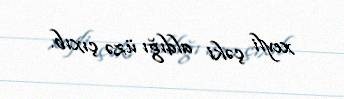
xeyli çəki aldığı üzə çıxıb.